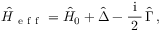
\hat { H } _ { \mathrm { ~ e ~ f ~ f ~ } } = \hat { H } _ { 0 } + \hat { \Delta } - \frac { \mathrm { ~ i ~ } } { 2 } \, \hat { \Gamma } \, ,